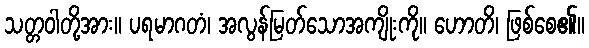
သတ္တဝါတို့အား။ ပရမာဂတံ၊ အလွန်မြတ်သောအကျိုးကို။ ဟောတိ၊ ဖြစ်စေ၏။